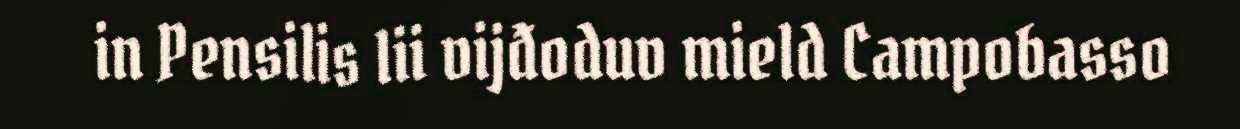
in Pensilis lii vijđoduv mield Campobasso